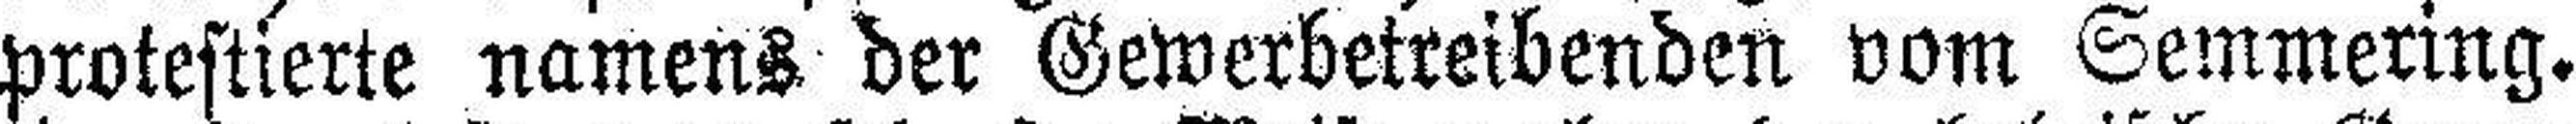
protestierte namens der Gewerbetreibenden vom Semmering.